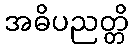
အဓိပညတ္တိ